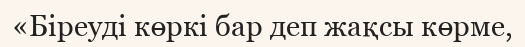
«Біреуді көркі бар деп жақсы көрме,